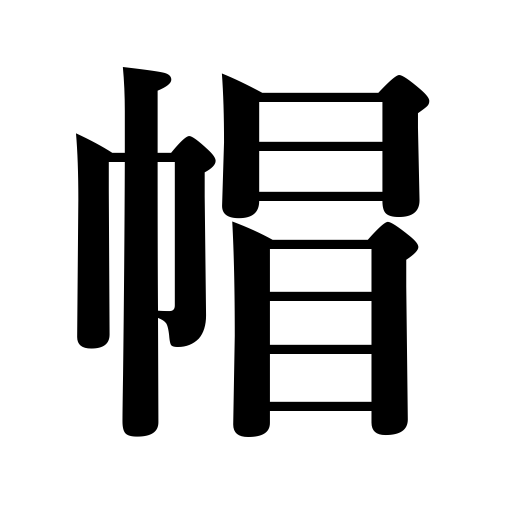
Meanings: cap,headgear